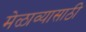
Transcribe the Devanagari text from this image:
मेळाव्यासाठी